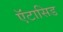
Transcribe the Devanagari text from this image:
ऍंटासिड